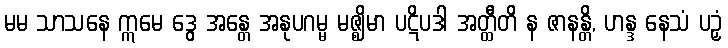
မမ သာသနေ ဣမေ ဒွေ အန္တေ အနုပဂမ္မ မဇ္ဈိမာ ပဋိပဒါ အတ္ထီတိ န ဇာနန္တိ, ဟန္ဒ နေသံ ပဉှံ